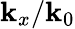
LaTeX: \mathbf{k}_{x}/\mathbf{k}_{0}